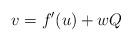
LaTeX: \begin{align*}v=f^{\prime}(u)+wQ \end{align*}